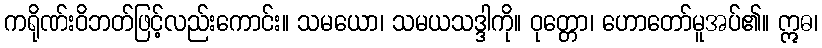
ကရိုဏ်းဝိဘတ်ဖြင့်လည်းကောင်း။ သမယော၊ သမယသဒ္ဒါကို။ ဝုတ္တော၊ ဟောတော်မူအပ်၏။ ဣဓ၊